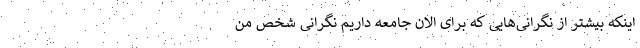
اینکه بیشتر از نگرانی‌هایی که برای الان جامعه داریم نگرانی شخص من